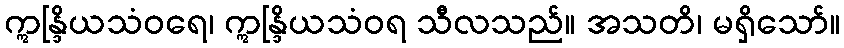
ဣန္ဒြိယသံဝရေ၊ ဣန္ဒြိယသံဝရ သီလသည်။ အသတိ၊ မရှိသော်။